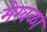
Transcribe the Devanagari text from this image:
मेखळा